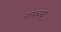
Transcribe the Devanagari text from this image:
रायचन्द्र